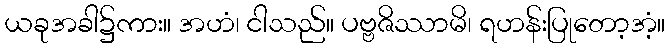
ယခုအခါ၌ကား။ အဟံ၊ ငါသည်။ ပဗ္ဗဇိဿာမိ၊ ရဟန်းပြုတော့အံ့။